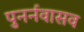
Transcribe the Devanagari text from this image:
पुनर्नवासव